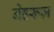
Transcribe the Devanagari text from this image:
नेहरूज़